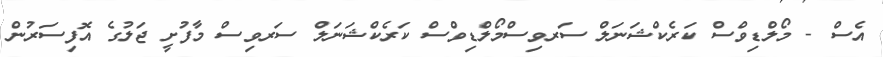
އެސް - މޯލްޑިވްސް ކަރެކްޝަނަލް ސަރވިސްމޯލްޑިވްސް ކަރެކްޝަނަލް ސަރވިސް މާފުށީ ޖަލުގެ އޮފިސަރުން